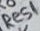
Text: Res1